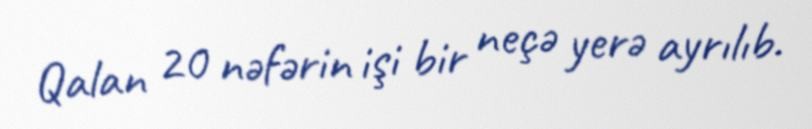
Qalan 20 nəfərin işi bir neçə yerə ayrılıb.